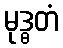
မုဒ္ဓတံ